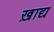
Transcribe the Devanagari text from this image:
ख़ाद्य